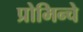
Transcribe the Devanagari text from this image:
प्रोमिन्चे